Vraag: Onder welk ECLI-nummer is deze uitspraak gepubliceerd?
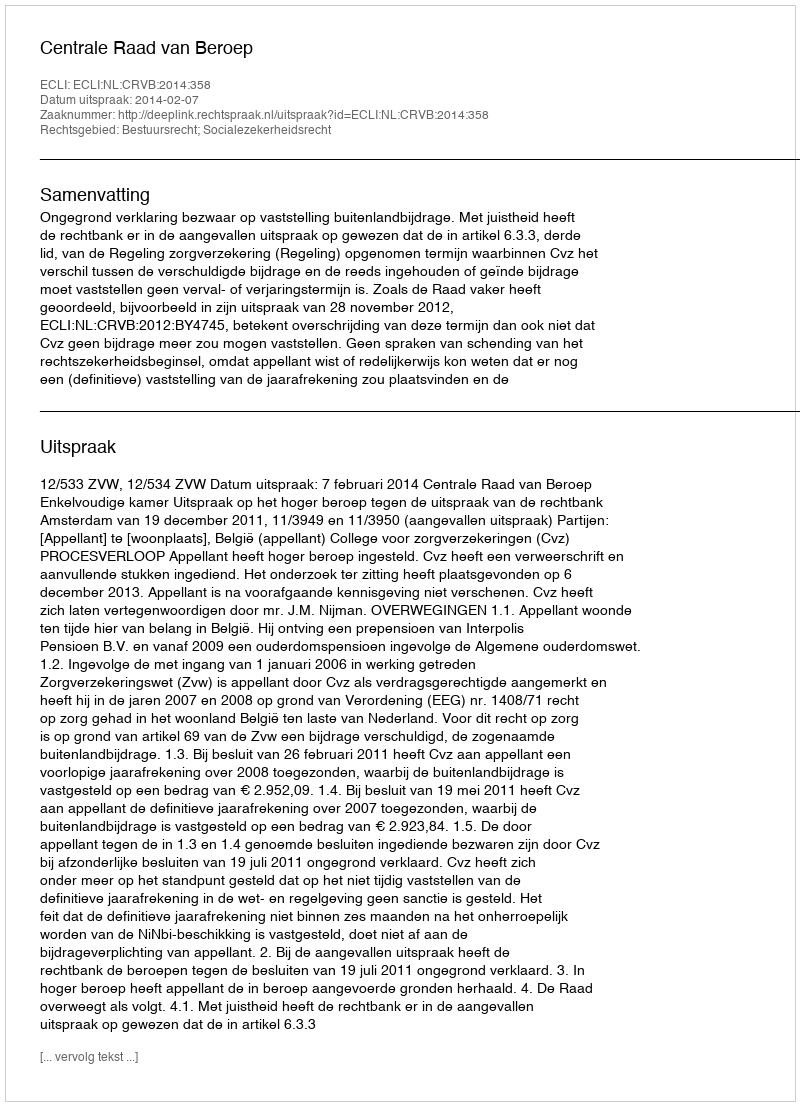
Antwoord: ECLI:NL:CRVB:2014:358